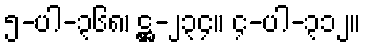
၅-ပါ-၃၆၈၊ ဋ္ဌ-၂၃၄။ ၄-ပါ-၃၁၂။